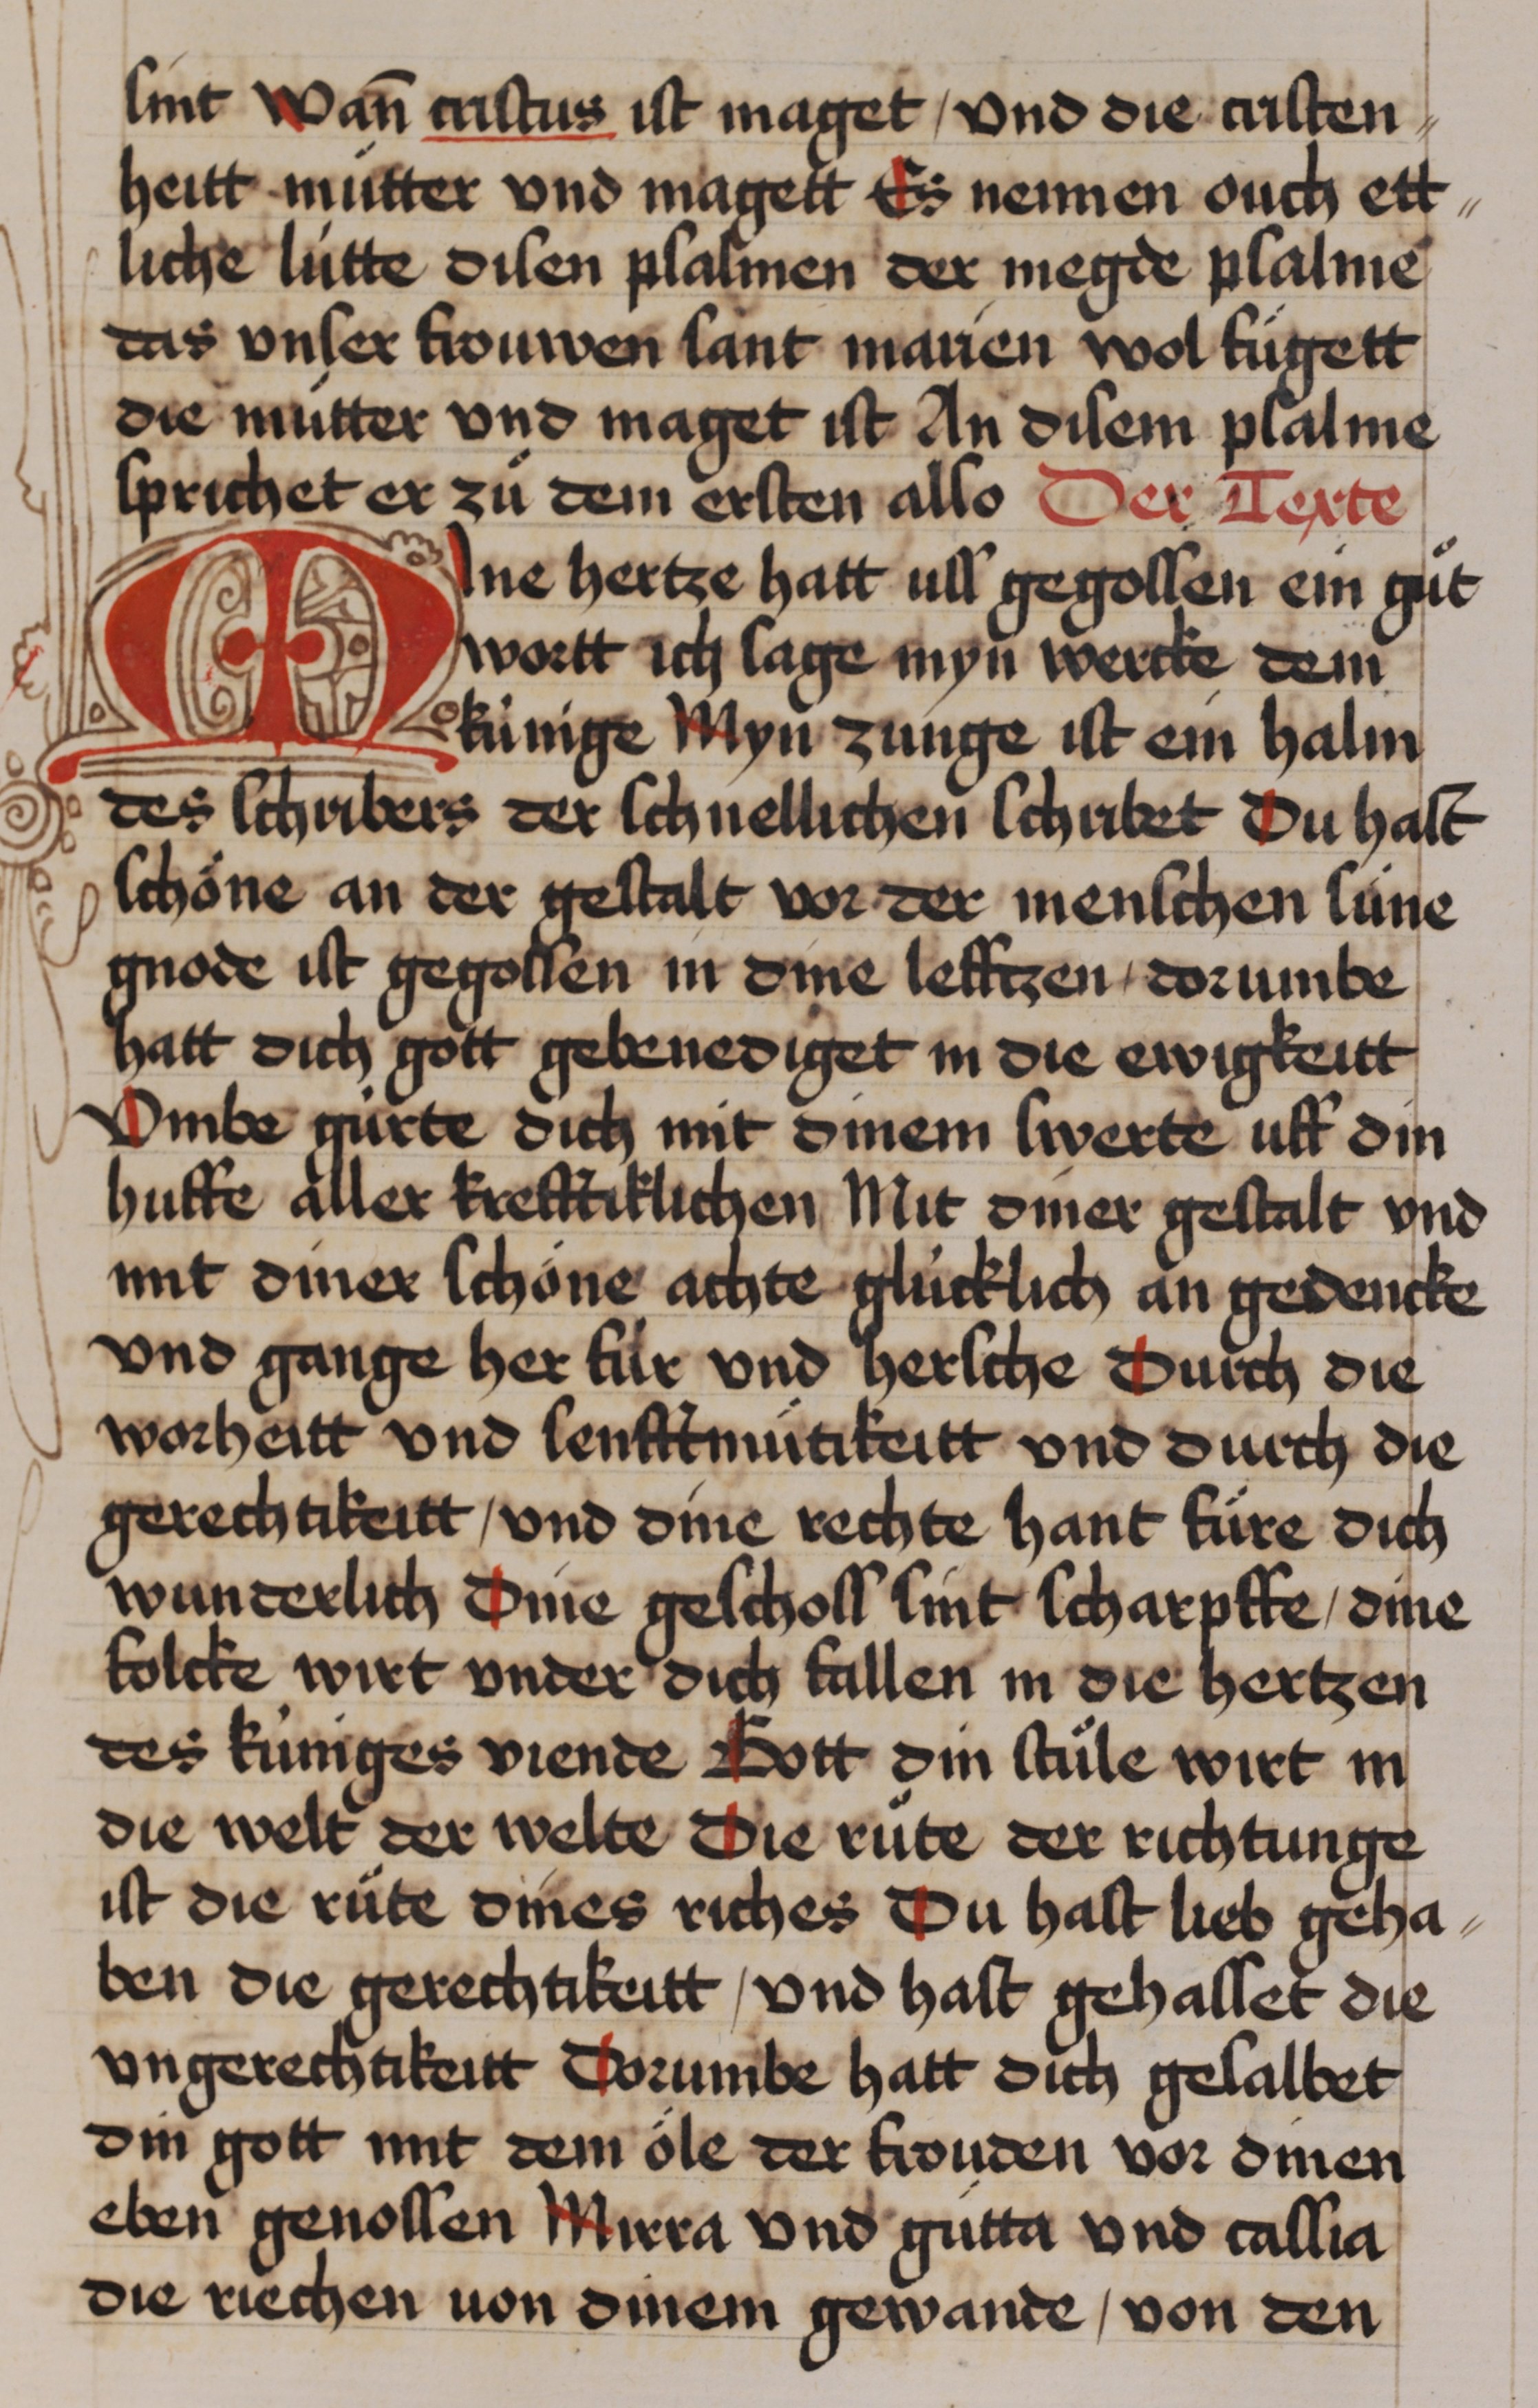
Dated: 1435–1465